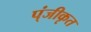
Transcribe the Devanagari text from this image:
प्ंजीकृत